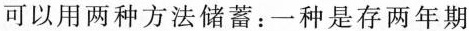
可以用两种方法储蓄：一种是存两年期